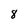
Character: 8